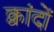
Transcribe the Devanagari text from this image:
क्वांदों